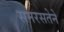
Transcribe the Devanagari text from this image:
समरसतेने